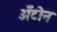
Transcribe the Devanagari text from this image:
अँटोन